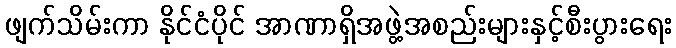
ဖျက်သိမ်းကာ နိုင်ငံပိုင် အာဏာရှိအဖွဲ့အစည်းများနှင့်စီးပွားရေး